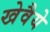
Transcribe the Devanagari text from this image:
खेवैये